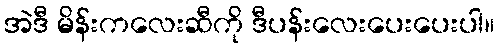
အဲဒီ မိန်းကလေးဆီကို ဒီပန်းလေးပေးပေးပါ။